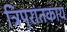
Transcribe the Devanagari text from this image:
त्रिपुरांतकाय